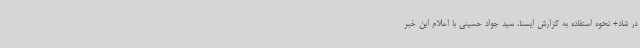
در شاد+ نحوه استفاده به گزارش ایسنا، سید جواد حسینی با اعلام این خبر